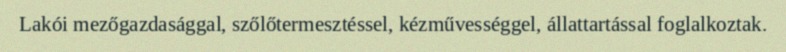
Lakói mezőgazdasággal, szőlőtermesztéssel, kézművességgel, állattartással foglalkoztak.